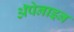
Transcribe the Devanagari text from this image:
ॲपेनाइन